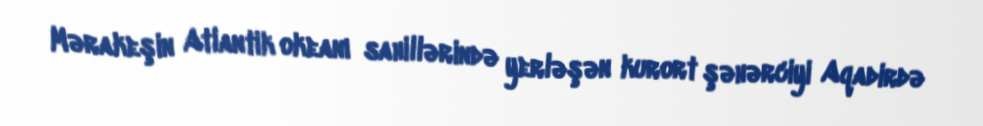
Mərakeşin Atlantik okeanı sahillərində yerləşən kurort şəhərciyi Aqadirdə